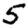
Digit: 5